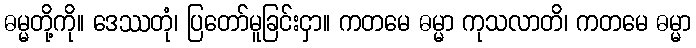
ဓမ္မတို့ကို။ ဒေဿတုံ၊ ပြတော်မူခြင်းငှာ။ ကတမေ ဓမ္မာ ကုသလာတိ၊ ကတမေ ဓမ္မာ